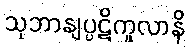
သုဘာနျပ္ပဋိကူလာနိ